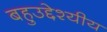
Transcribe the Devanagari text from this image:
बहुउद्देश्‍यीय